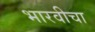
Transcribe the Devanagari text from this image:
भारवीचा